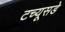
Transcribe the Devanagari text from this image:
टच्यूसडे